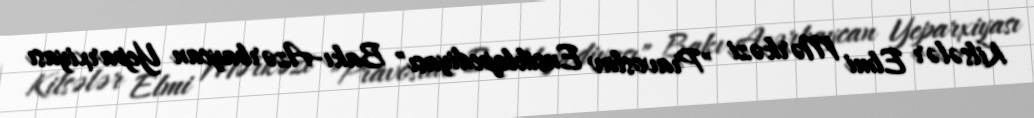
Kilsələr Elmi Mərkəzi "Pravoslav Ensiklopediyası" Bakı-Azərbaycan Yeparxiyası